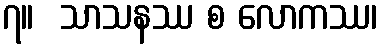
၇။  သာသနဿ စ လောကဿ၊